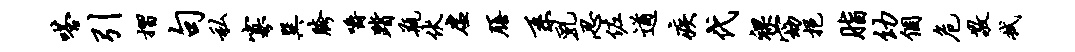
嗒引摺句私寡巽胯嚼踏瓶伏虚膳系乳忍佐遒疾代裸窈挹脂幼个危敬拭